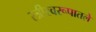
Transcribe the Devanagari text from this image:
स्त्रीस्वरूपातले